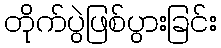
တိုက်ပွဲဖြစ်ပွားခြင်း